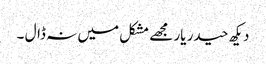
دیکھ حیدر یار مجھے مشکل میں نہ ڈال ۔